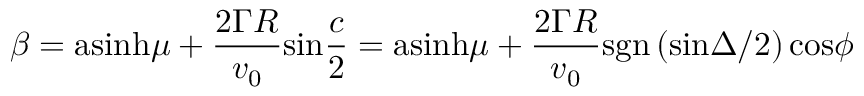
\beta = \mathrm { a s i n h } \mu + { \frac { 2 \Gamma R } { v _ { 0 } } } \mathrm { s i n } { \frac { c } { 2 } } = \mathrm { a s i n h } \mu + { \frac { 2 \Gamma R } { v _ { 0 } } } \mathrm { s g n } \left( \mathrm { s i n } { \Delta / 2 } \right) \mathrm { c o s } \phi